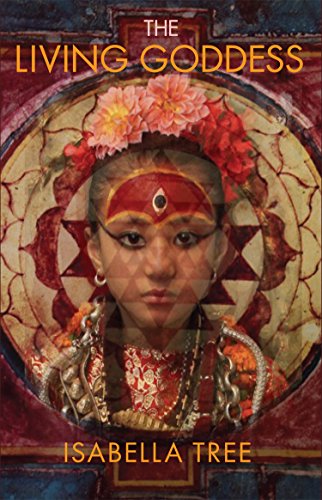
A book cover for The Living Goddess: A Journey Into the Heart of Kathmandu; Isabella Tree; Travel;